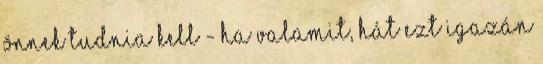
önnek tudnia kell - ha valamit, hát ezt igazán